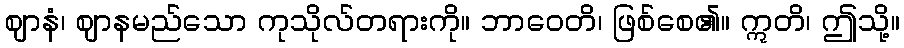
ဈာနံ၊ ဈာနမည်သော ကုသိုလ်တရားကို။ ဘာဝေတိ၊ ဖြစ်စေ၏။ ဣတိ၊ ဤသို့။